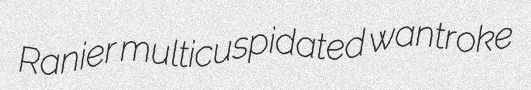
Ranier multicuspidated wantroke